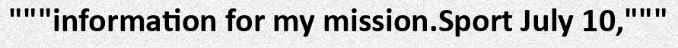
"""information for my mission.Sport July 10,"""